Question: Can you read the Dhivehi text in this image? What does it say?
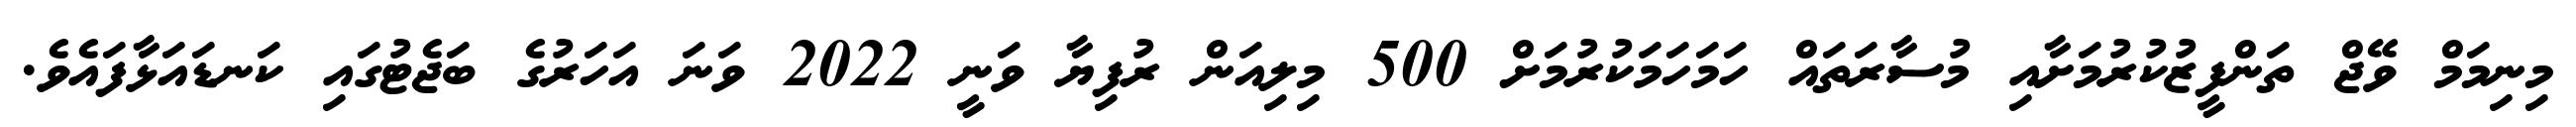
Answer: މިނިމަމް ވޭޖް ތަންފީޒުކުރުމަށާއި މުސާރަތައް ހަމަހަމަކުރުމަށް 500 މިލިއަން ރުފިޔާ ވަނީ 2022 ވަނަ އަހަރުގެ ބަޖެޓުގައި ކަނޑައަޅާފައެވެ.